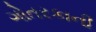
ગોતરકાની